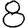
Digit: 8